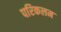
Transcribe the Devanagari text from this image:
परिकलम